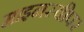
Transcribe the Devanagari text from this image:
माइनस्वीपर